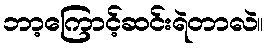
ဘာ့ကြောင့်ဆင်းရဲတာလဲ။